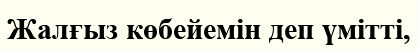
Жалғыз көбейемін деп үмітті,